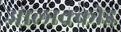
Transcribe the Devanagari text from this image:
आलाक्कोड